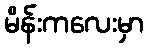
မိန်းကလေးမှာ